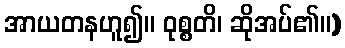
အာယတနဟူ၍။ ဝုစ္စတိ၊ ဆိုအပ်၏။)